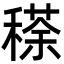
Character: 䅷